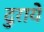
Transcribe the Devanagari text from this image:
दुराये